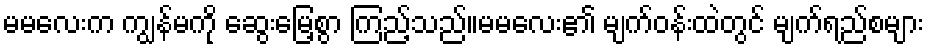
မမလေးက ကျွန်မကို ဆွေးမြေ့စွာ ကြည့်သည်။မမလေး၏ မျက်ဝန်းထဲတွင် မျက်ရည်စများ